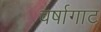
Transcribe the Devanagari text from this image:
वर्षागाट